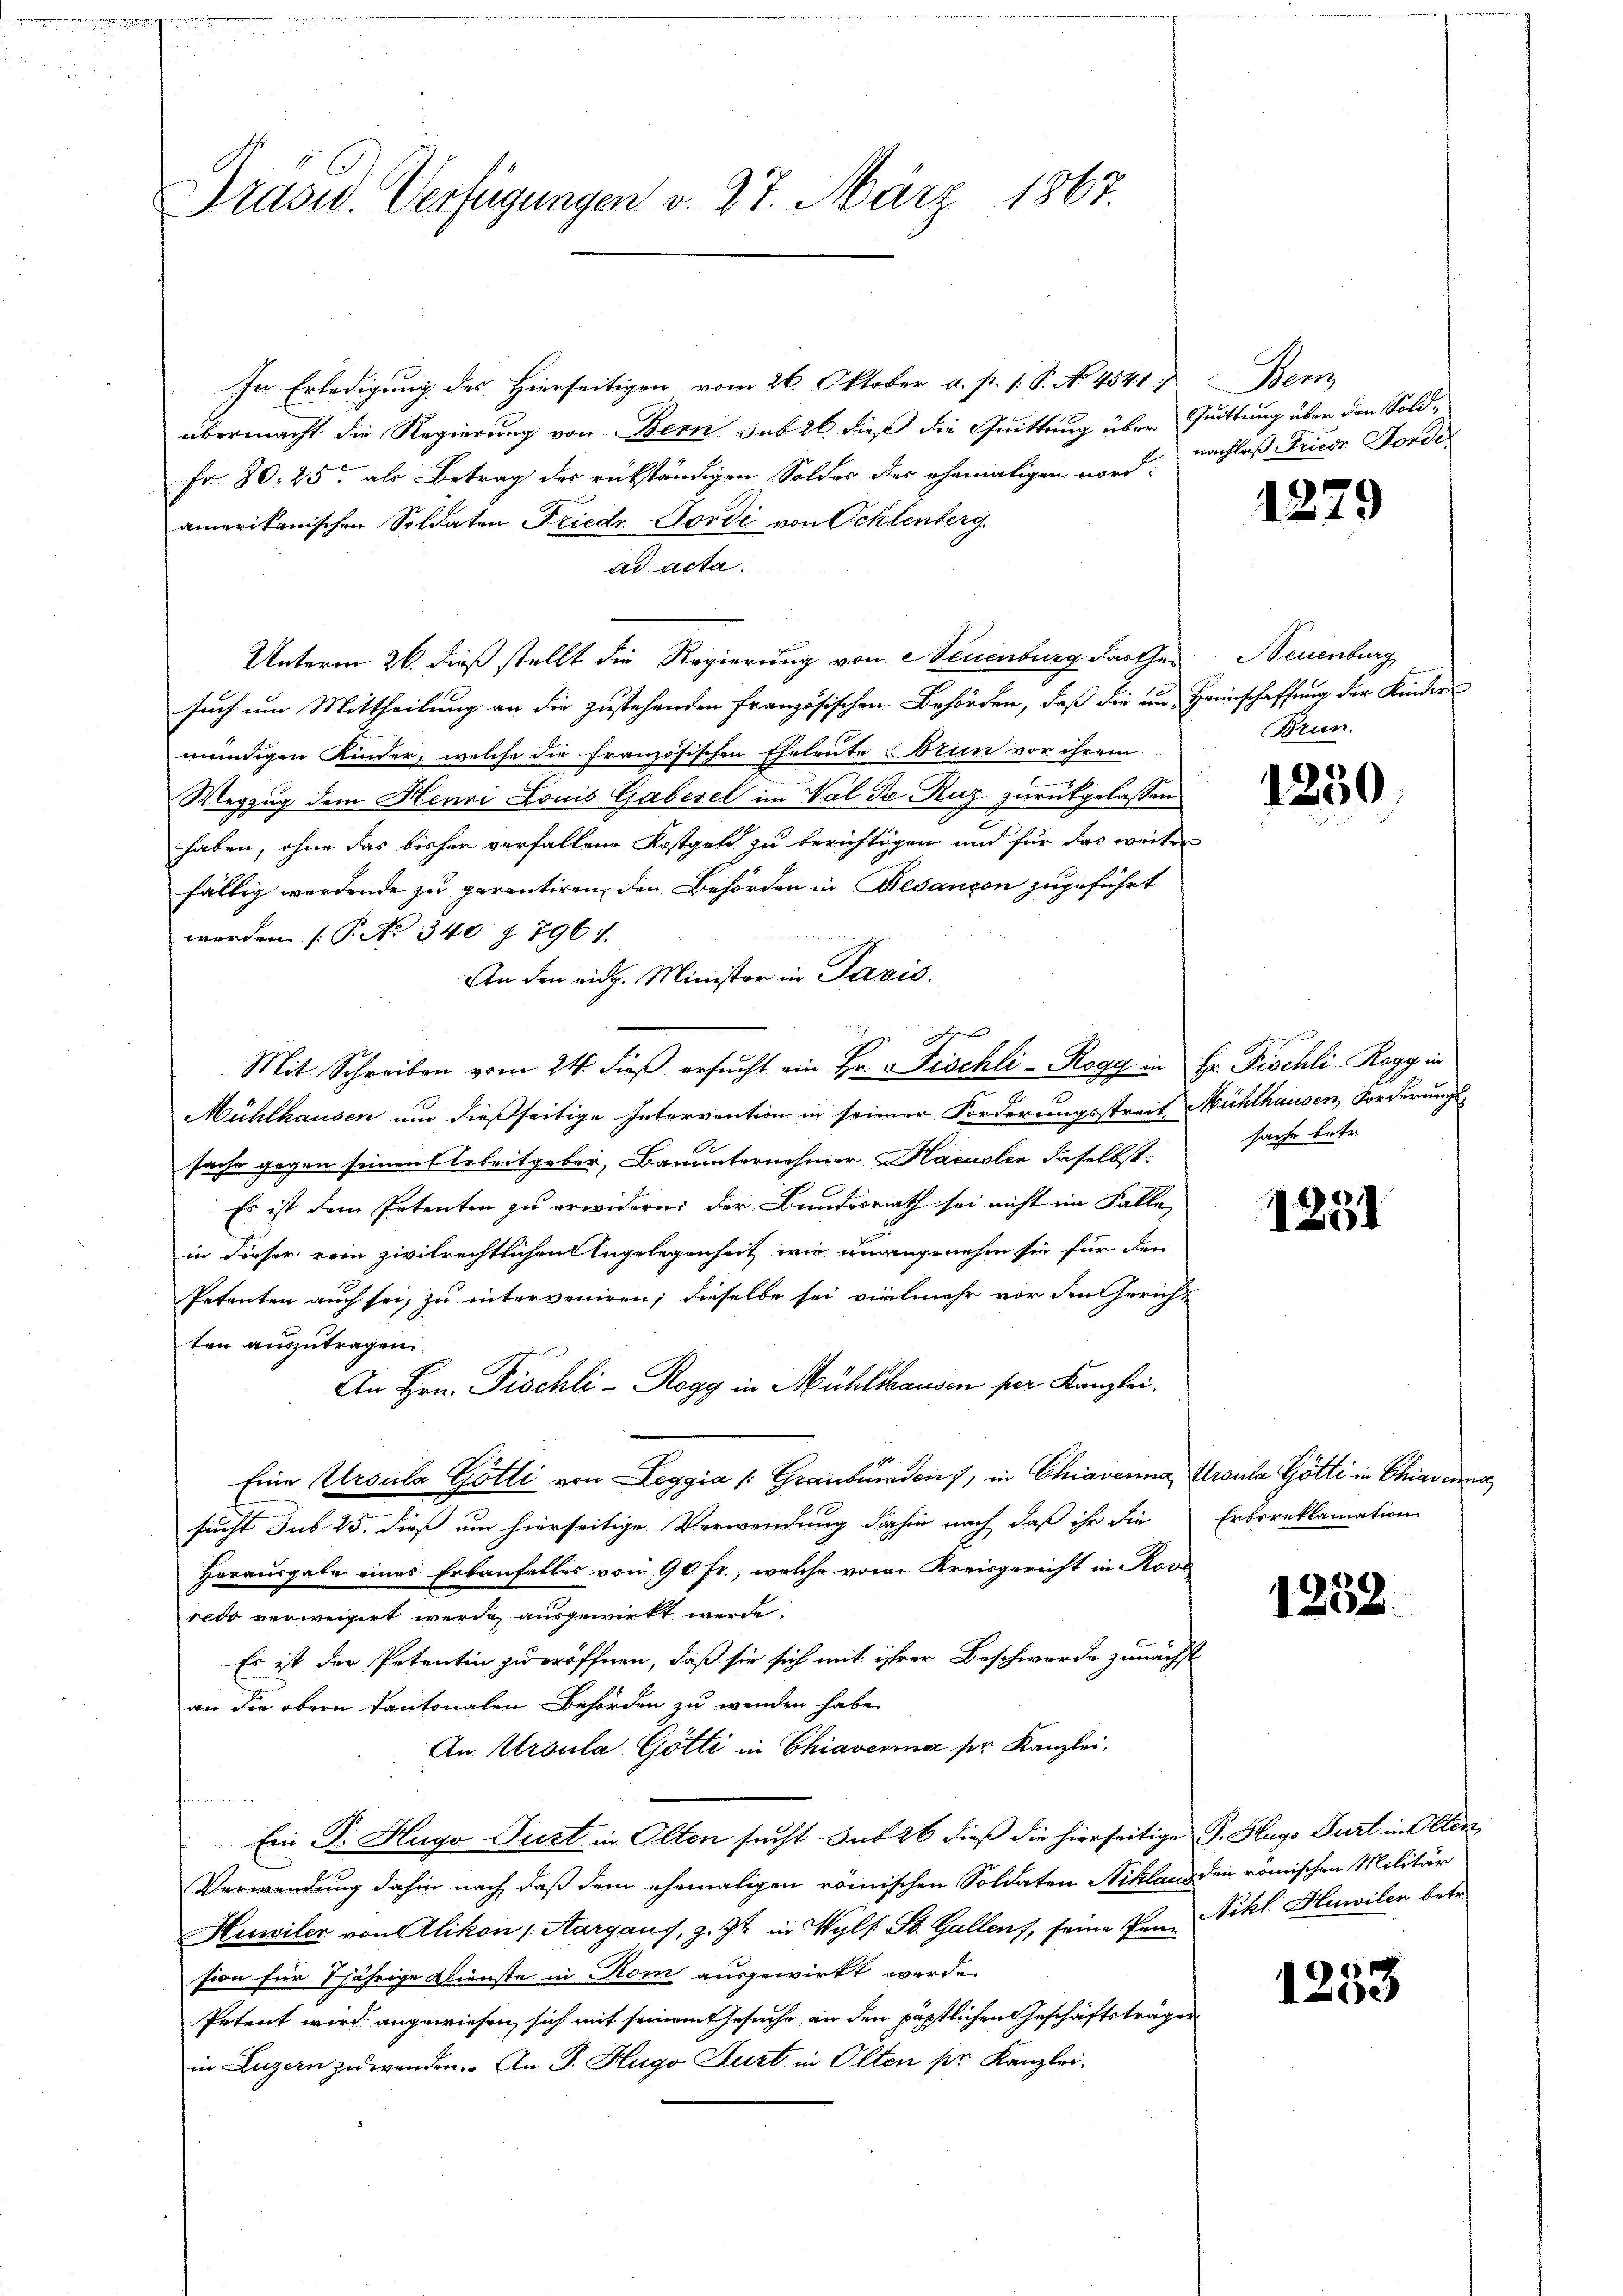
Trasw. Verfügungen v. 27. März 1867.

In Erledigung des Hierseitigen vom 26. Oktober a. p. s. S. No. 4541. Bern,
übermacht die Regierung von Bern sub 26 dieß die Quittung über Quittung über den Sold¬
Fr. 80. 25 als Betrag der rükständigen Solder der ehemaligen nord, nachloß Friede Forde
amerikanischen Soldaten Friedr. Jordi von Schlenberg
ad acta.
Unterm 26. dieß stellt die Regierung von Neuenburg darthei
such um Mittheilung an die zustehenden französischen Behörden, daß die ein Heimschaffung der Kinder-
mündigen Kinder, welche die französischen Eheleute Brun vor ihrem
Wegzug dem Henri Louis Gaberei im Val de Ruz zurückgelassen
haben, ohne das bisher verfallene Kostgeld zu berichtigen und für das weiter
fällig werdende zu garantiren, den Behörden in Besançon zugeführt
werden (T. No 340 § 796 f.
An den eidg. Minister in Paris.
h
Mit Schreiben vom 24. dieβ ersŭcht ein Hr. Fischli - Rogg in Hr. Fischli - Rogg in
Mühlhausen um dießseitige Intervention in seiner Forderungsstreit Mühlhausen, Forderungssache gegen seinen Arbeitgeber, Bauunternehmer Hacusler daselbst.
Es ist dem Petenten zu erwidern: der Bundesrath sei nicht im Falle,
P
in dieser rein zivilrechtlichen Angelegenheit wir unangenehm sie für den
Petenten auch sei, zu interveniren; dieselbe sei vielmehr vor den Gericht
ten auszutragen
An Hrn. Fischli - Rogg in Mühlshausen per Kanzlei.
Eine Ursula Götti von Leggia /: Graubünden, in Chiavanna Ursula Götti in Chiaverna
sucht sub 25. dieß um hierseitige Verwendung dahin nach daß ihr die
Herausgabe eines Erbanfalles von 90 fr., welche vom Kreisgericht in Rove
redo verweigert werde ausgewirkt werde.
Es ist der Petentin zu eröffnen, daß sie sich mit ihrer Beschwerde zunächst
an die obern Kantonalen Behörden zu wenden habe.
An Ursula Götti in Chiaverna pr. Kanzlei.

Ein P. Hugo Pust in Olten sucht sub 26 dieß die hierseitige P. Hugo Furt in Olten
Verwendung dahin nach, daß dem ehemaligen römischen Soldaten Niklang den römischen Militär
Huwiler von Alikon (Aargaus, z. Zt. in Wyls St. Gallens, seine Pon-Nikl. Huwiler, betr.
sion für 7 jährige Dienste in Kom ausgewirkt werde.
Petent wird angewiesen, sich mit seinem Gesuche an den päpstlichen Geschäftsträgen
in Luzern zuwenden. An P. Hugo Furt in Olten pr. Kanzlei-

1279

Neuenburg
Brun

1250.

sache betr.

1231

Erbereklamation

1252.

1253